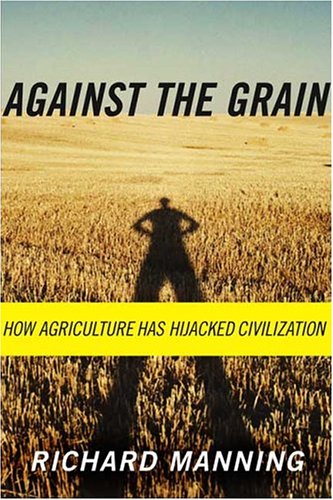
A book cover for Against the Grain: How Agriculture Has Hijacked Civilization; Richard Manning; Science & Math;